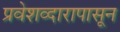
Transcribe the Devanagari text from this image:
प्रवेशव्दारापासून